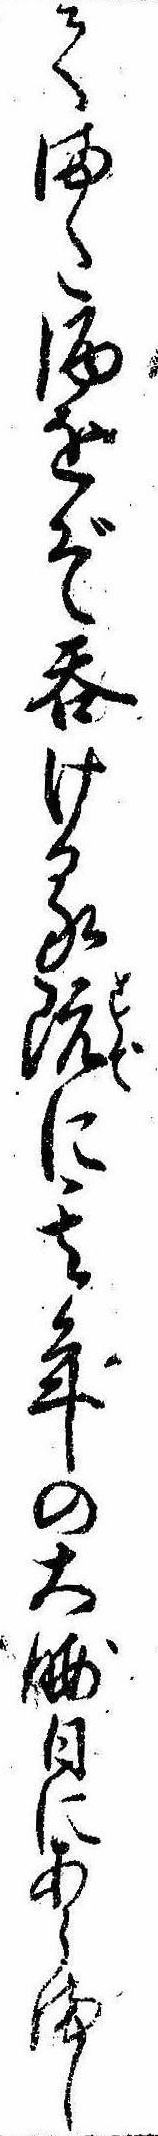
てまた酒をぞ呑ける既に其年の大晦日にあらまし